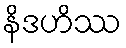
နိဒဟိဿ